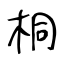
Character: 桐